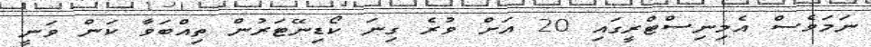
ނަމަވެސް އެމިނިސްޓްރީގައި 20 އަށް ވުރެ ގިނަ ކޯޑިނޭޓަރުން ތިއްބަވާ ކަން ވަނީ